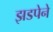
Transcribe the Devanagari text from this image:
झडपेने